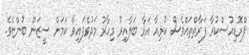
ޕްރޮޑިއުސްކުރާ ފަރާތްތައްވެސް ކުރިއާ އަޅާ ބަލާއިރު މިހާރު މަދުވެފައިވާ ކަމަށް ސީޒަން ބުންޏެވެ.